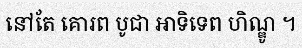
នៅតែ គោរព បូជា អាទិទេព ហិណ្ឌូ ។